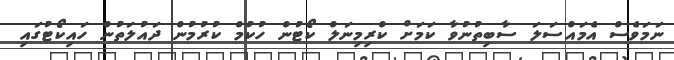
ނަމަވެސް އެމައްސަލަ ސާބިތުނުވާ ކަމަށް ކްރިމިނަލް ކޯޓުން ހުކުމް ކުރުމުން ދައުލަތުން ހައިކޯޓުގައި